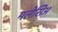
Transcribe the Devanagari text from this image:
मलेसिअ